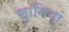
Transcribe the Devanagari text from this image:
सुानियां